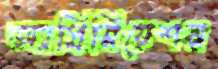
অ্যাপ্রিসিয়েশন